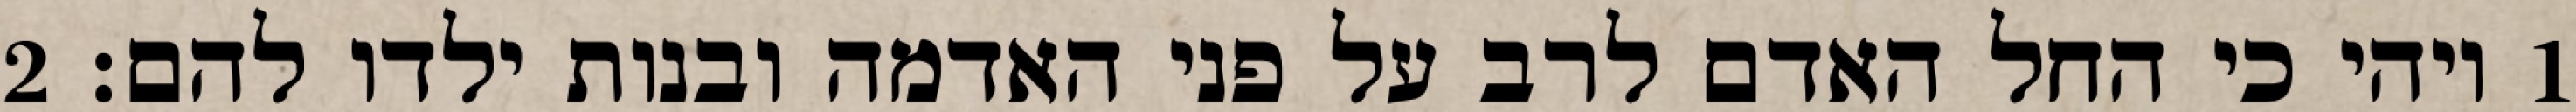
1 ויהי כי החל האדם לרב על פני האדמה ובנות ילדו להם׃ ‎2‏